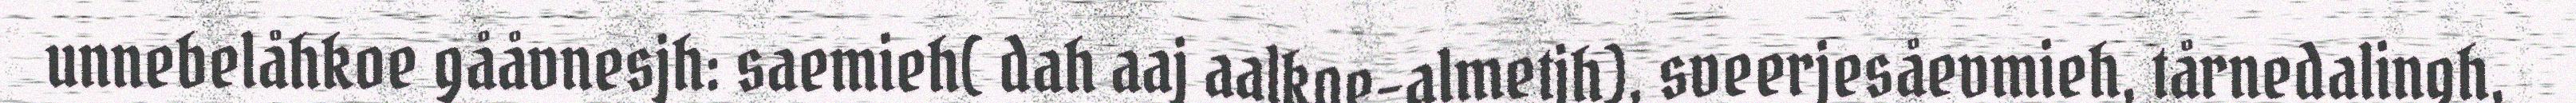
unnebelåhkoe gååvnesjh: saemieh( dah aaj aalkoe-almetjh), sveerjesåevmieh, tårnedalingh,